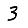
Digit: 3